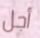
أجل